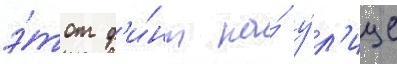
э́тот ф'и́нт на́ у́л'ице